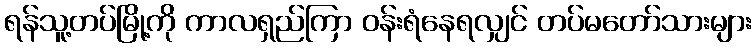
ရန်သူ့တပ်မြို့ကို ကာလရှည်ကြာ ဝန်းရံနေရလျှင် တပ်မတော်သားများ